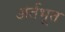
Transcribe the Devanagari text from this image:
अंर्तभूत